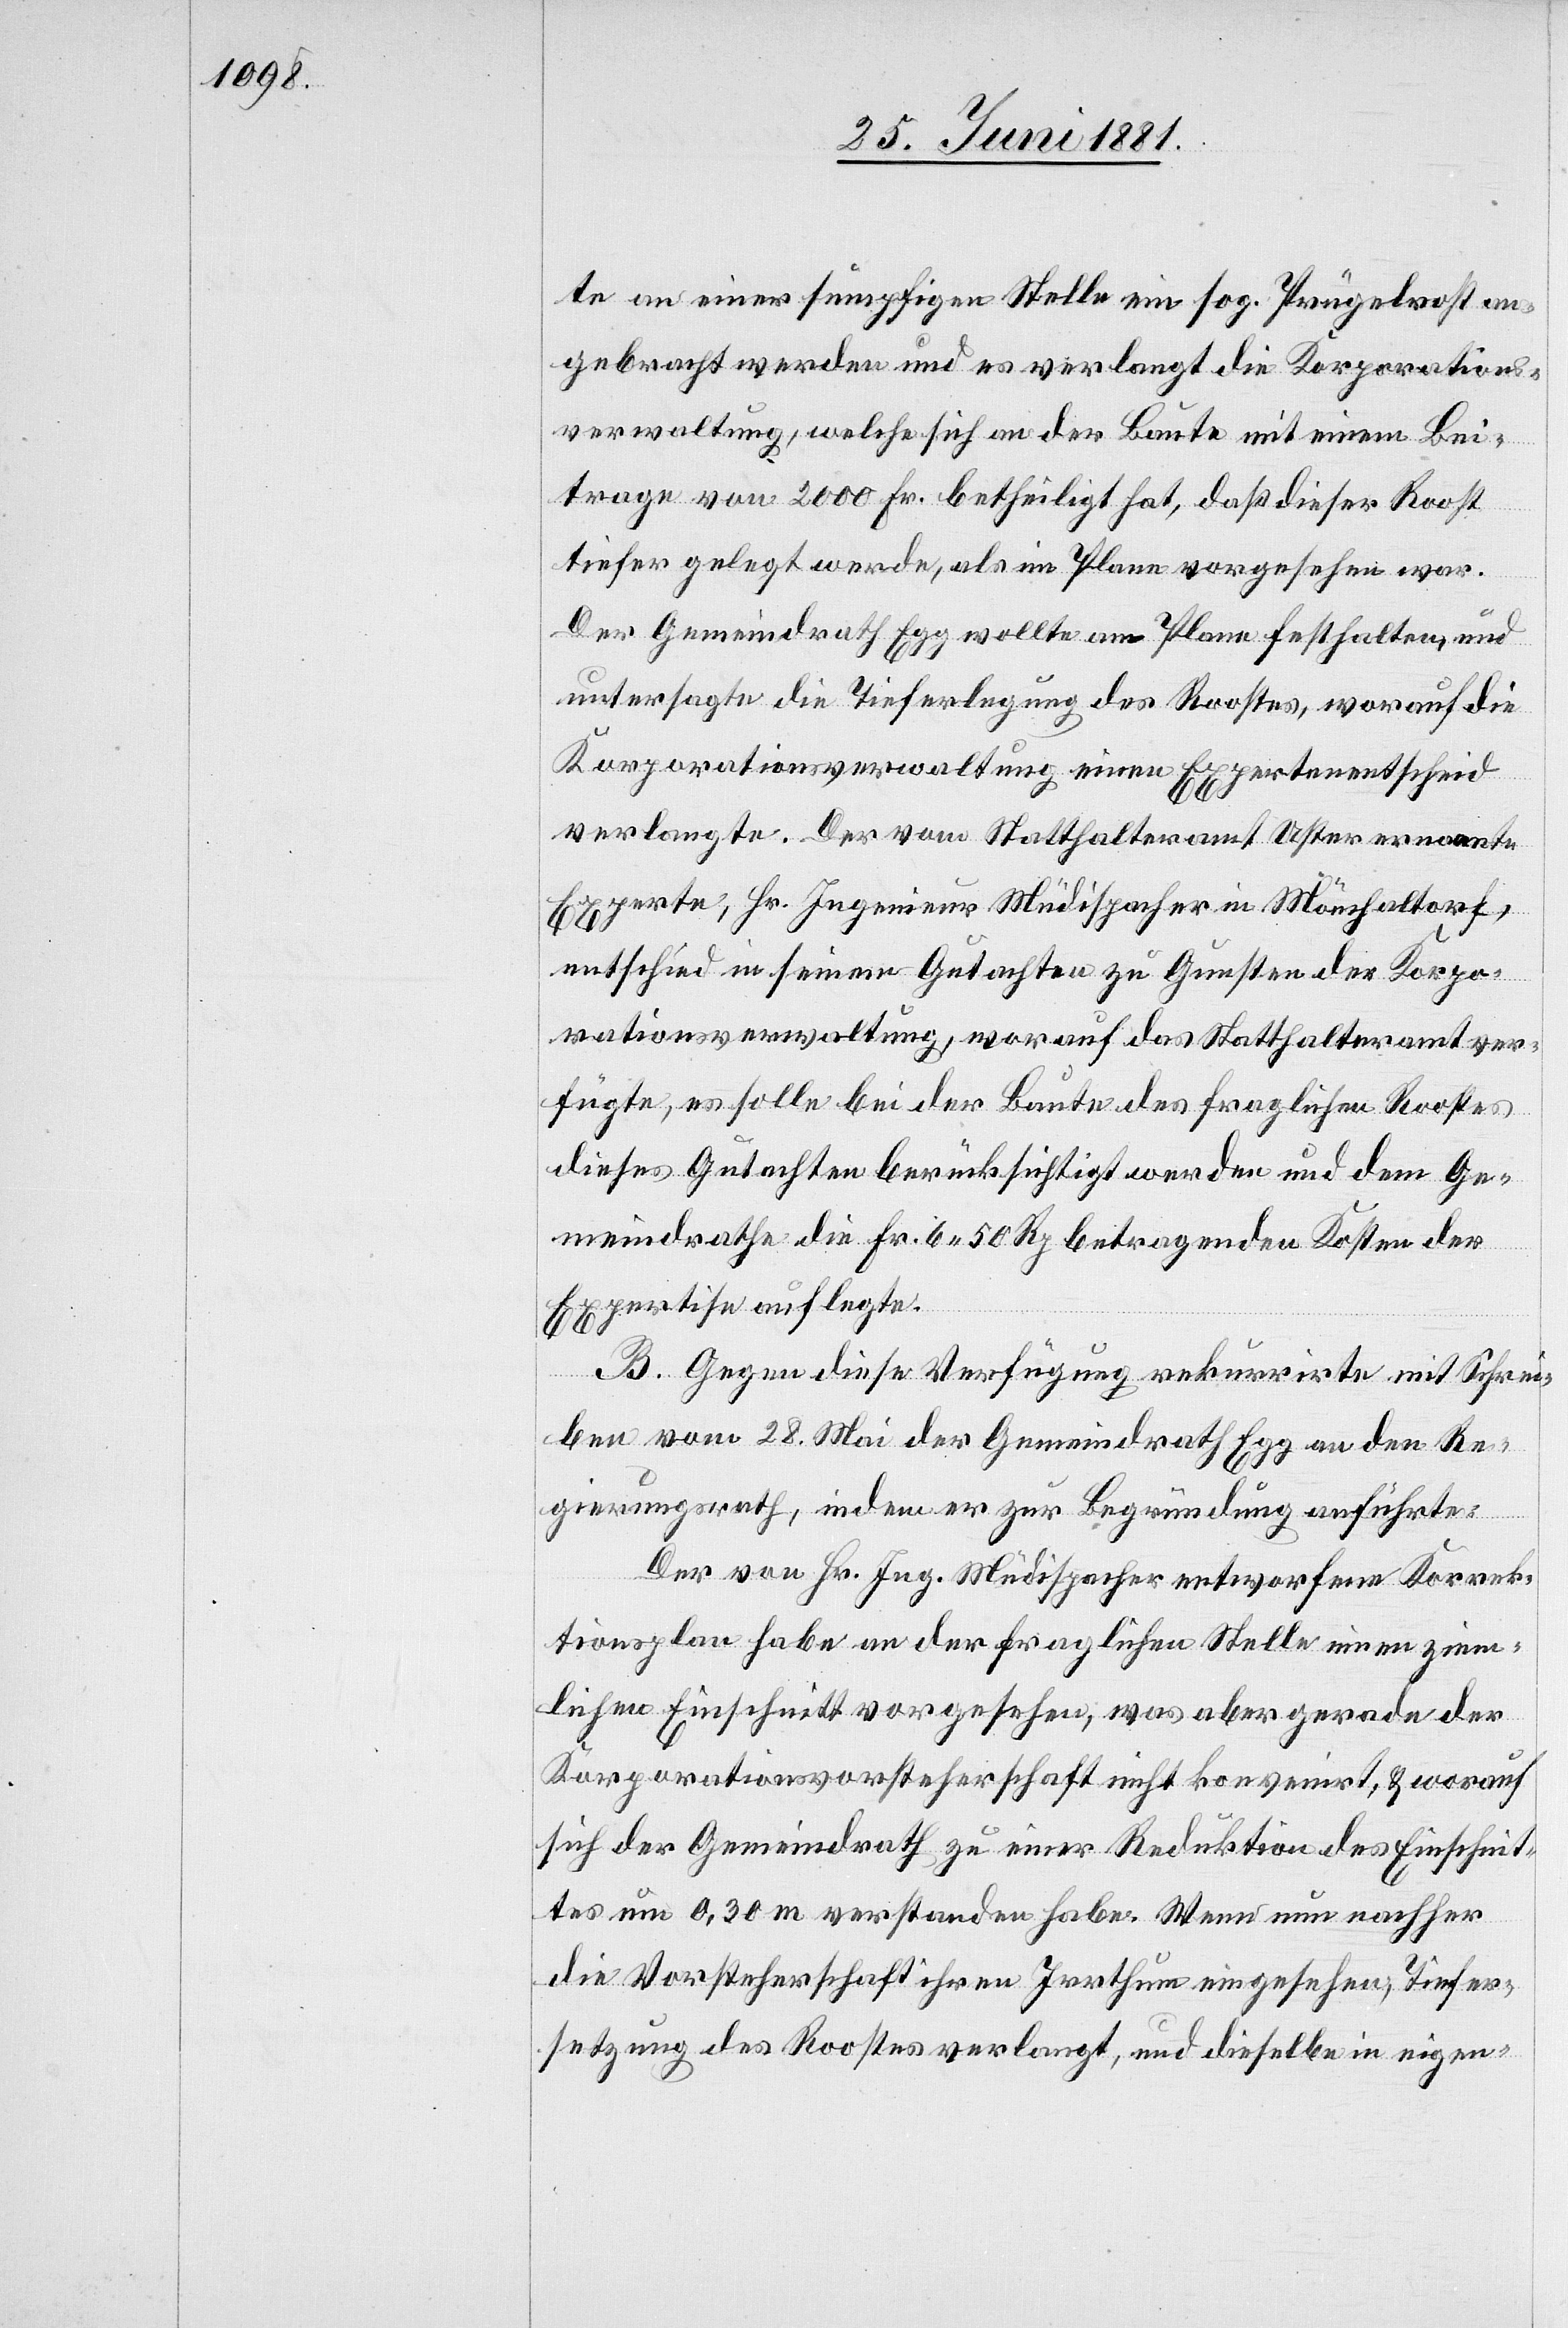
te an einer sumpfigen Stelle ein sog. Prügelrost an¬
gebracht werden und es verlangt die Korporations¬
verwaltung, welche sich an der Baute mit einem Bei¬
trage von 2000 Fr. betheiligt hat, daß dieser Roost
tiefer gelegt werde, als im Plane vorgesehen war.
Der Gemeindrath Egg wollte am Plane festhalten und
untersagte die Tieferlegung des Roostes, worauf die
Korporationsverwaltung einen Expertenentscheid
verlangte. Der vom Statthalteramt Uster ernannte
Experte, Hr. Ingenieur Müdispacher in Mönchaltorf,
entschied in seinen Gutachten zu Gunsten der Korpo¬
rationsverwaltung, worauf das Statthalteramt ver¬
fügte, es solle bei der Baute des fraglichen Roostes
dieses Gutachten berücksichtigt werden und dem Ge¬
meindrathe die Fr. 6 50 Rp. betragenden Kosten der
Expertise auflegte.
B. Gegen diese Verfügung rekurrirte mit Schrei¬
ben vom 28. Mai der Gemeindrath Egg an den Re¬
gierungsrath, indem er zur Begründung ansuchte:
Der von Hr. Ing. Müdispacher entworfene Korrek¬
tionsplan habe an der fraglichen Stelle einen ziem¬
lichen Einschnitt vorgesehen, was aber gerade der
Korporationsvorsteherschaft nicht konvenirt, & worauf
sich der Gemeindrath zu einer Reduktion des Einschnit¬
tes um 0,30 m verstanden habe. Wenn nun nachher
die Vorsteherschaft ihren Irrthum eingesehen, Tiefer¬
setzung des Roostes verlangt, und dieselbe in eigen-